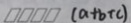
\square \square \square \square ( a + b + c )